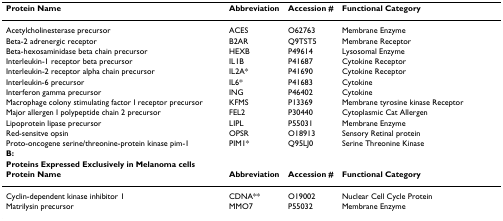
<table><thead><tr><td><b>Protein Name</b></td><td><b>Abbreviation</b></td><td><b>Accession #</b></td><td><b>Functional Category</b></td></tr></thead><tbody><tr><td>Acetylcholinesterase precursor</td><td>ACES</td><td>O62763</td><td>Membrane Enzyme</td></tr><tr><td>Beta-2 adrenergic receptor</td><td>B2AR</td><td>Q9TST5</td><td>Membrane Receptor</td></tr><tr><td>Beta-hexosaminidase beta chain precursor</td><td>HEXB</td><td>P49614</td><td>Lysosomal Enzyme</td></tr><tr><td>Interleukin-1 receptor beta precursor</td><td>IL1B</td><td>P41687</td><td>Cytokine Receptor</td></tr><tr><td>Interleukin-2 receptor alpha chain precursor</td><td>IL2A*</td><td>P41690</td><td>Cytokine Receptor</td></tr><tr><td>Interleukin-6 precursor</td><td>IL6*</td><td>P41683</td><td>Cytokine</td></tr><tr><td>Interferon gamma precursor</td><td>ING</td><td>P46402</td><td>Cytokine</td></tr><tr><td>Macrophage colony stimulating factor I receptor precursor</td><td>KFMS</td><td>P13369</td><td>Membrane tyrosine kinase Receptor</td></tr><tr><td>Major allergen I polypeptide chain 2 precursor</td><td>FEL2</td><td>P30440</td><td>Cytoplasmic Cat Allergen</td></tr><tr><td>Lipoprotein lipase precursor</td><td>LIPL</td><td>P55031</td><td>Membrane Enzyme</td></tr><tr><td>Red-sensitve opsin</td><td>OPSR</td><td>O18913</td><td>Sensory Retinal protein</td></tr><tr><td>Proto-oncogene serine/threonine-protein kinase pim-1</td><td>PIM1*</td><td>Q95LJ0</td><td>Serine Threonine Kinase</td></tr><tr><td><b>B:</b></td><td></td><td></td><td></td></tr><tr><td><b>Proteins Expressed Exclusively in Melanoma cells</b></td><td></td><td></td><td></td></tr><tr><td><b>Protein Name</b></td><td><b>Abbreviation</b></td><td><b>Accession #</b></td><td><b>Functional Category</b></td></tr><tr><td>Cyclin-dependent kinase inhibitor 1</td><td>CDNA**</td><td>O19002</td><td>Nuclear Cell Cycle Protein</td></tr><tr><td>Matrilysin precursor</td><td>MMO7</td><td>P55032</td><td>Membrane Enzyme</td></tr></tbody></table>